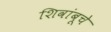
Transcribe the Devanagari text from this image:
शिवांबूचे